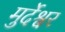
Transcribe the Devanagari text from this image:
मुर्देश्वर